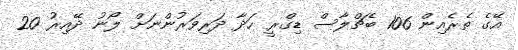
އޭގެ ތެރެއިން 106 ބެޗްލާސް ޑިގްރީ ހަދާ ދަރިވަރުންނަށް ލޯނު ދޭއިރު 20